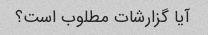
آیا گزارشات مطلوب است؟